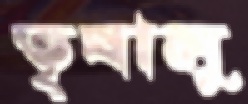
তৃষালু